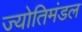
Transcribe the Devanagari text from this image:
ज्योतिमंडल